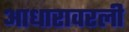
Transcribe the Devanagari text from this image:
आधारावरली